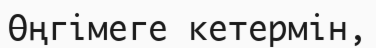
Өңгімеге кетермін,